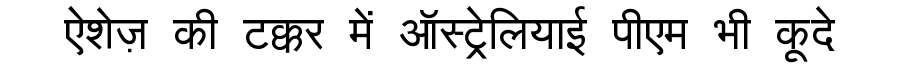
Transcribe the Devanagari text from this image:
ऐशेज़ की टक्कर में ऑस्ट्रेलियाई पीएम भी कूदे